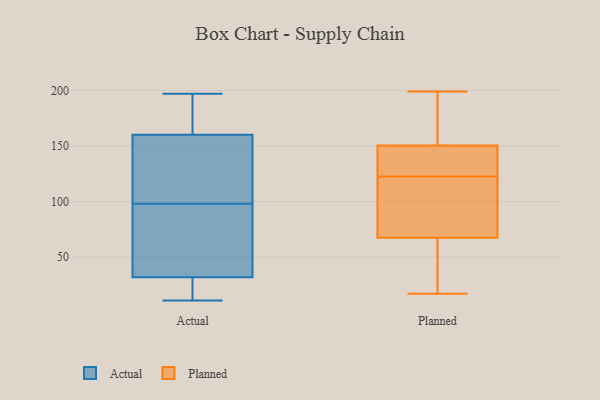
{"axis": {"x": "Churn Rate (%)", "y": "Value"}, "legend": ["Actual", "Planned"], "data": [{"x": "", "y": 196, "type": "Actual"}, {"x": "", "y": 34, "type": "Actual"}, {"x": "", "y": 134, "type": "Actual"}, {"x": "", "y": 11, "type": "Actual"}, {"x": "", "y": 117, "type": "Actual"}, {"x": "", "y": 197, "type": "Actual"}, {"x": "", "y": 99, "type": "Actual"}, {"x": "", "y": 98, "type": "Actual"}, {"x": "", "y": 25, "type": "Actual"}, {"x": "", "y": 160, "type": "Actual"}, {"x": "", "y": 78, "type": "Actual"}, {"x": "", "y": 21, "type": "Actual"}, {"x": "", "y": 161, "type": "Actual"}, {"x": "", "y": 11, "type": "Actual"}, {"x": "", "y": 95, "type": "Actual"}, {"x": "", "y": 175, "type": "Actual"}, {"x": "", "y": 94, "type": "Actual"}, {"x": "", "y": 174, "type": "Planned"}, {"x": "", "y": 64, "type": "Planned"}, {"x": "", "y": 155, "type": "Planned"}, {"x": "", "y": 143, "type": "Planned"}, {"x": "", "y": 143, "type": "Planned"}, {"x": "", "y": 178, "type": "Planned"}, {"x": "", "y": 36, "type": "Planned"}, {"x": "", "y": 133, "type": "Planned"}, {"x": "", "y": 146, "type": "Planned"}, {"x": "", "y": 17, "type": "Planned"}, {"x": "", "y": 71, "type": "Planned"}, {"x": "", "y": 98, "type": "Planned"}, {"x": "", "y": 72, "type": "Planned"}, {"x": "", "y": 123, "type": "Planned"}, {"x": "", "y": 161, "type": "Planned"}, {"x": "", "y": 122, "type": "Planned"}, {"x": "", "y": 53, "type": "Planned"}, {"x": "", "y": 53, "type": "Planned"}, {"x": "", "y": 199, "type": "Planned"}, {"x": "", "y": 93, "type": "Planned"}]}